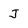
Character: J